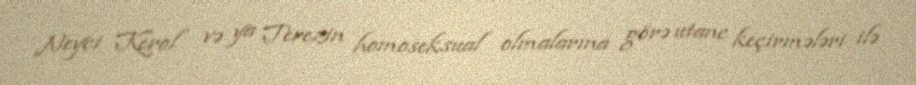
Neyci Kerol və ya Terezin homoseksual olmalarına görə utanc keçirmələri ilə